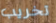
تخريب